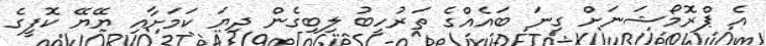
އެ ޕްރޮމޯޝަނަށް ގިނަ ބައެއްގެ ތަރުހީބު ލިބިގެން ދިޔަ ކަމަށާއި ޔޭޔޭ ކޮފީގެ